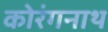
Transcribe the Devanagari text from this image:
कोरंगनाथ